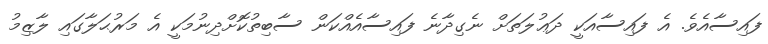
ފައިސާއެވެ. އެ ފައިސާއަކީ ދަޢުލަތަށް ނެގިދާނެ ފައިސާއެއްކަން ސާބިތުކޮށްދިނުމަކީ އެ މަރުޙަލާގައި ލާޒިމު